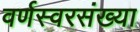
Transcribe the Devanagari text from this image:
वर्णस्वरसंख्या